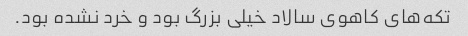
تکه‌های کاهوی سالاد خیلی بزرگ بود و خرد نشده بود.